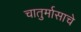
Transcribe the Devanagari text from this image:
चातुर्मासाचे